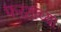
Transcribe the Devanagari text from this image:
फरशांच्या